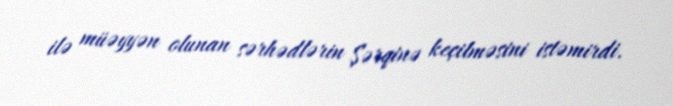
ilə müəyyən olunan sərhədlərin Şərqinə keçilməsini istəmirdi.